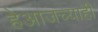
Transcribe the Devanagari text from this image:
हेआजच्याही